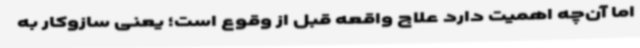
اما آن‌چه اهمیت دارد علاج واقعه قبل از وقوع است؛ یعنی سازوکار به